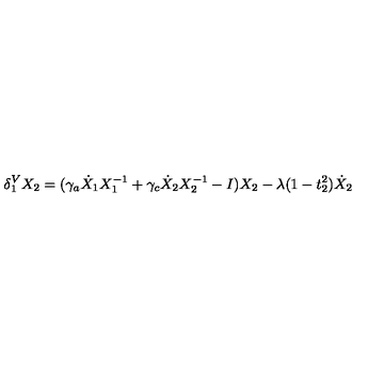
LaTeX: \delta _ { 1 } ^ { V } X _ { 2 } = ( \gamma _ { a } \dot { X } _ { 1 } X _ { 1 } ^ { - 1 } + \gamma _ { c } \dot { X } _ { 2 } X _ { 2 } ^ { - 1 } - I ) X _ { 2 } - \lambda ( 1 - t _ { 2 } ^ { 2 } ) \dot { X } _ { 2 }